Report of the Indian Hemp Drugs Commission, 1894-1895 - Volume VII
Year: 1894
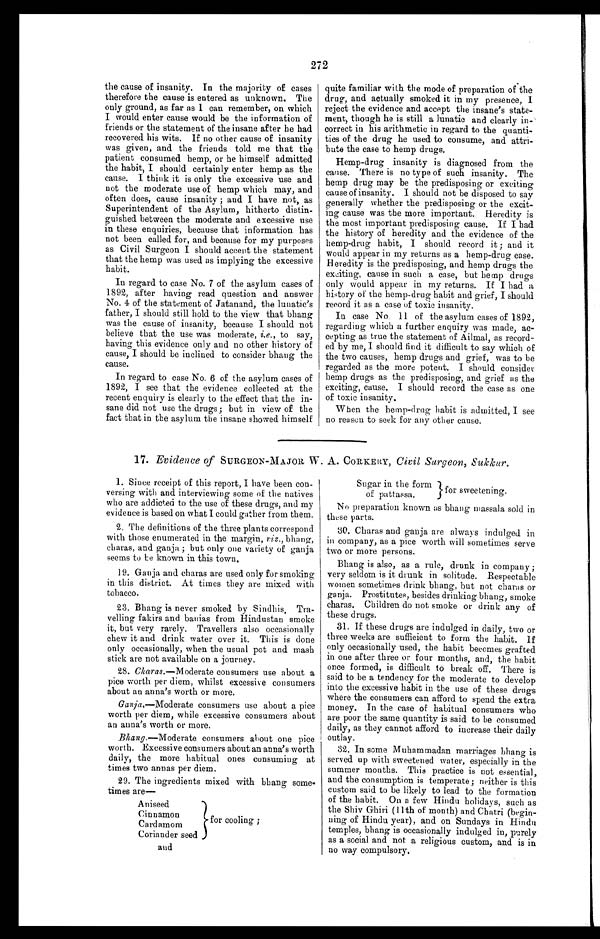
272
the cause of insanity. In the majority of cases
therefore the cause is entered as unknown. The
only ground, as far as I can remember, on which
I would enter cause would be the information of
friends or the statement of the insane after he had
recovered his wits. If no other cause of insanity
was given, and the friends told me that the
patient consumed hemp, or he himself admitted
the habit, I should certainly enter hemp as the
cause. I think it is only the excessive use and
not the moderate use of hemp which may, and
often does, cause insanity ; and I have not, as
Superintendent of the Asylum, hitherto distin-
guished between the moderate and excessive use
in these enquiries, because that information has
not been called for, and because for my purposes
as Civil Surgeon I should accept the statement
that the hemp was used as implying the excessive
habit.
In regard to case No. 7 of the asylum cases of
1892, after having read question and answer
No. 4 of the statement of Jatanand, the lunatic's
father, I should still hold to the view that bhang
was the cause of insanity, because I should not
believe that the use was moderate, i.e., to say,
having this evidence only and no other history of
cause, I should be inclined to consider bhang the
cause.
In regard to case No. 6 of the asylum cases of
1892, I see that the evidence collected at the
recent enquiry is clearly to the effect that the in-
sane did not use the drugs; but in view of the
fact that in the asylum the insane showed himself
quite familiar with the mode of preparation of the
drug, and actually smoked it in my presence, I
reject the evidence and accept the insane's state-
ment, though he is still a lunatic and clearly in-
correct in his arithmetic in regard to the quanti-
ties of the drug he used to consume, and attri-
bute the case to hemp drugs.
Hemp-drug insanity is diagnosed from the
cause. There is no type of such insanity. The
hemp drug may be the predisposing or exciting
cause of insanity. I should not be disposed to say
generally whether the predisposing or the excit-
- i n g c a u s e w a s t h e m o r e i m p o r t a n t . H e r e d i t y i s
the most important predisposing cause. If I had
the history of heredity and the evidence of the
hemp-drug habit, I should record it ; and it
would appear in my returns as a hemp-drug case.
Heredity is the predisposing, and hemp drugs the
exciting, cause in such a case, but hemp drugs
only would appear in my returns. If I had a
history of the hemp-drug habit and grief, I should
record it as a case of toxic insanity.
In case No. 11 of the asylum cases of 1892,
regarding which a further enquiry was made, ac-
cepting as true the statement of Ailmal, as record--
ed by me, I should find it difficult to say which of
the two causes, hemp drugs and grief, was to be
regarded as the more potent. I should consider
hemp drugs as the predisposing, and grief as the
exciting, cause. I should record the case as one
of toxic insanity.
When the hemp-drug habit is admitted, I see
no reason to seek for any other cause.
17. Evidence of SURGEON-MAJOR W. A. CORKERY , Civil Surgeon, Sukkur.
1. Since receipt of this report, I have been con-
versing with and interviewing some of the natives
who are addicted to the use of these drugs, and my
evidence is based on what I could gather from them.
2. The definitions of the three plants correspond
with those enumerated in the margin, viz., bhang,
charas, and ganja ; but only one variety of ganja
seems to be known in this town.
19. Ganja and charas are used only for smoking
in this district. At times they are mixed with
tobacco.
23. Bhang is never smoked by Sindhis . Tra-
velling fakirs and banias from Hindustan smoke
it, but very rarely. Travellers also occasionally
chew it and drink water over it. This is done
only occasionally, when the usual pot and mash
stick are not available on a journey.
28.
Charas.—Moderate consumers use about a
pice worth per diem, whilst excessive consumers
about an anna's worth or more.
Ganja.—Moderate consumers use about a pice
worth per diem, while excessive consumers about
an anna's worth or more.
Bhang.—Moderate consumers about one pice
worth. Excessive consumers about an anna's worth
daily, the more habitual ones consuming at
times two annas per diem.
29. The ingredients mixed with bhang some-
times are
Aniseed
Cinnamon
C a r d a m o m
Coriander seed
and
f o r c o o l i n g ;
Sugar in the form of pattassa.
for sweetening.
No preparation known as bhang massala sold in
these parts.
30. Charas and ganja are always indulged in
in company, as a pice worth will sometimes serve
two or more persons.
Bhang is also, as a rule, drunk in company ;
very seldom is it drunk in solitude. Respectable
women sometimes drink bhang, but not charas or
ganja. Prostitutes, besides drinking bhang, smoke
charas. Children do not smoke or drink any of
these drugs.
31. If these drugs are indulged in daily, two or
three weeks are sufficient to form the habit. If
only occasionally used, the habit becomes grafted
in one after three or four months, and, the habit
once formed, is difficult to break off. There is
said to be a tendency for the moderate to develop
into the excessive habit in the use of these drugs
where the consumers can afford to spend the extra
money. In the case of habitual consumers who
are poor the same quantity is said to be consumed
daily, as they cannot afford to increase their daily
outlay.
32. In some Muhammadan marriages bhang is
served up with sweetened water, especially in the
summer months. This practice is not essential,
and the consumption is temperate; neither is this
custom said to be likely to lead to the formation
of the habit. On a few Hindu holidays, such as
the Shiv Ghiri (1 1th of month) and Chatri (begin-
ning of Hindu year), and on Sundays in Hindu
temples, bhang is occasionally indulged in , purely
as a social and not a religious custom, and is in
no way compulsory.